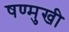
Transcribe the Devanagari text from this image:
षण्मुखी